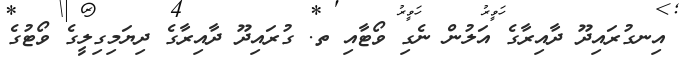
އިނގުރައިދޫ ދާއިރާގެ އަލުން ނެގި ވޯޓާއި ތ. ގުރައިދޫ ދާއިރާގެ ދިޔަމިގިލީގެ ވޯޓުގެ